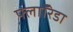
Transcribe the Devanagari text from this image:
फ्लाॅरिडा